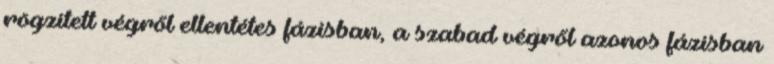
rögzített végről ellentétes fázisban, a szabad végről azonos fázisban